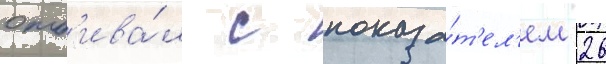
отб'ива́л с показа́т'ел'ем 26